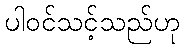
ပါဝင်သင့်သည်ဟု